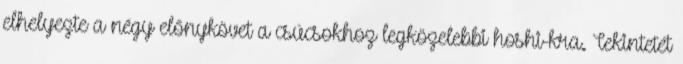
elhelyezte a négy előnykövet a csúcsokhoz legközelebbi hoshi-kra. Tekintetét